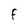
Character: F